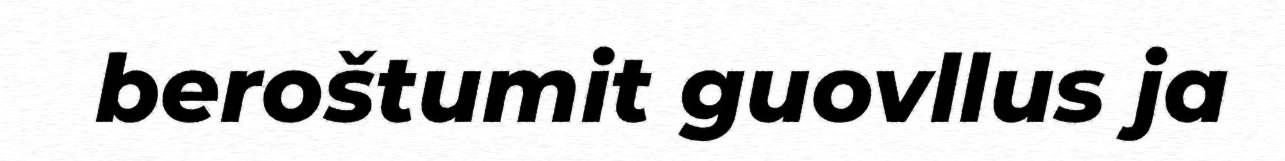
beroštumit guovllus ja